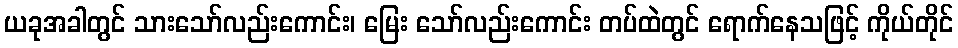
ယခုအခါတွင် သားသော်လည်းကောင်း၊ မြေး သော်လည်းကောင်း တပ်ထဲတွင် ရောက်နေသဖြင့် ကိုယ်တိုင်